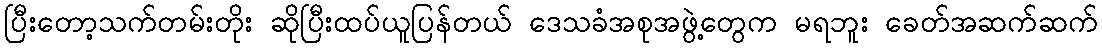
ပြီးတော့သက်တမ်းတိုး ဆိုပြီးထပ်ယူပြန်တယ် ဒေသခံအစုအဖွဲ့တွေက မရဘူး ခေတ်အဆက်ဆက်